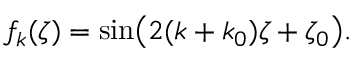
f _ { k } ( \zeta ) = \sin \bigl ( 2 ( k + k _ { 0 } ) \zeta + \zeta _ { 0 } \bigr ) .